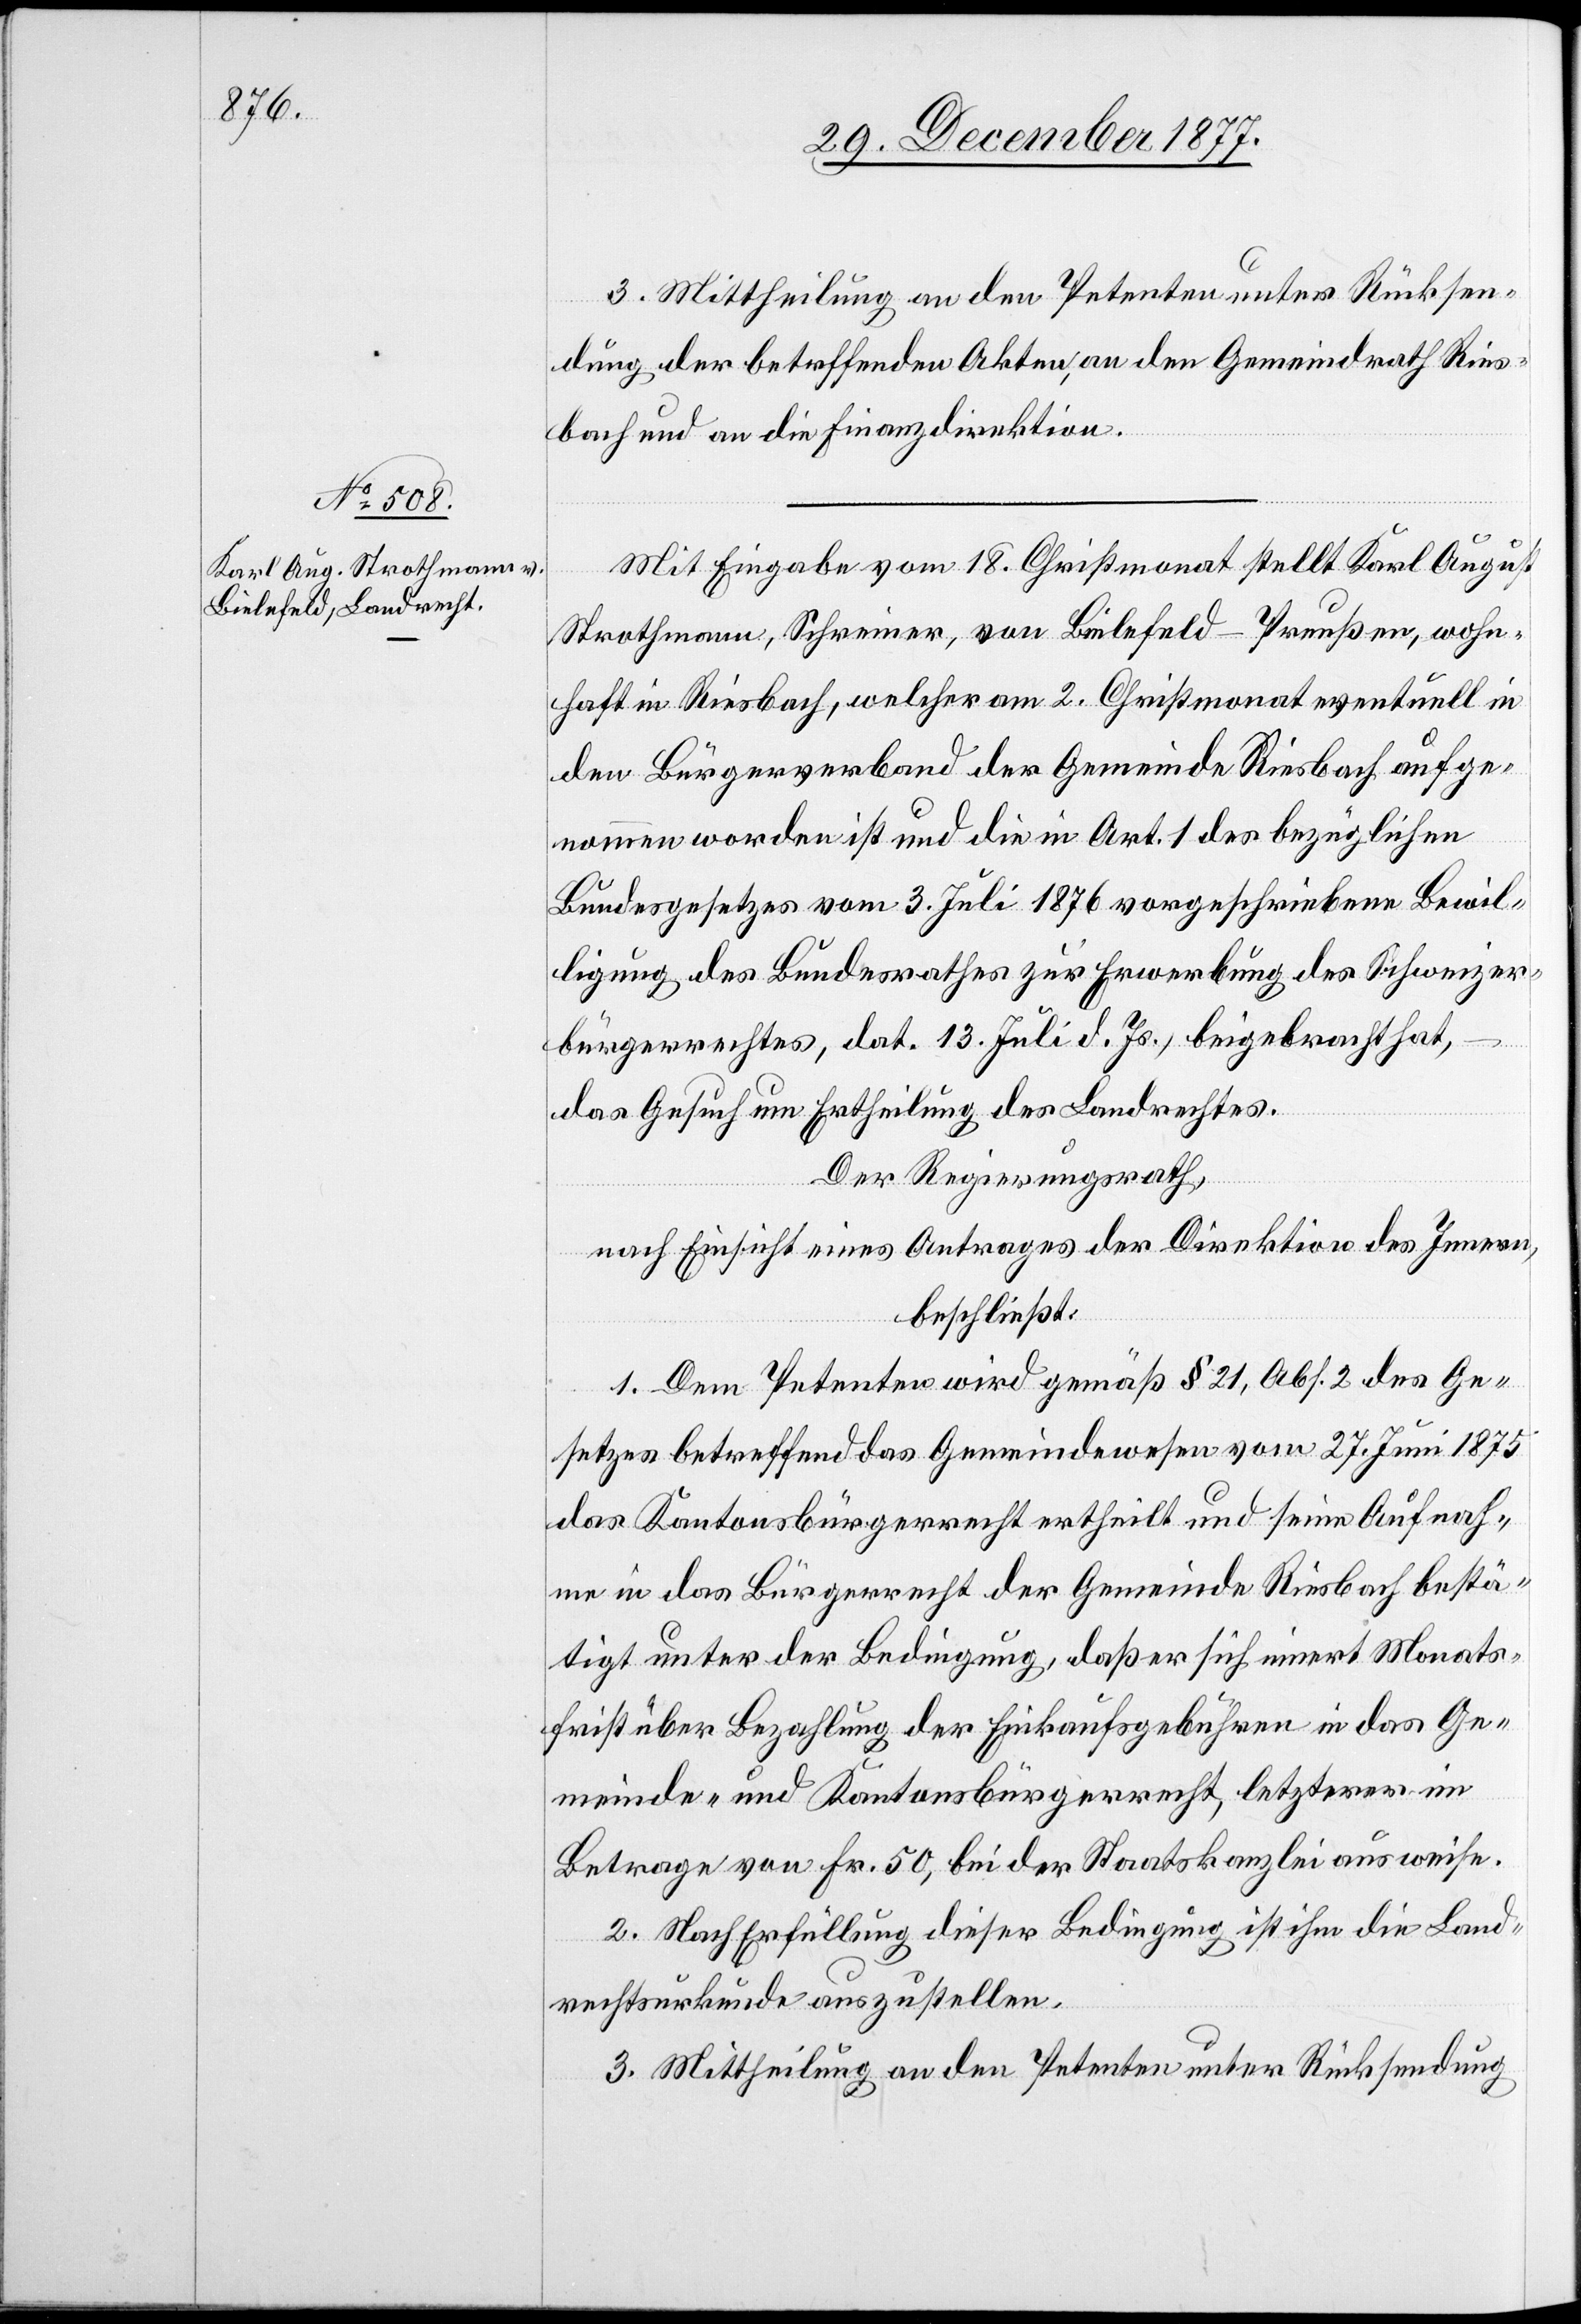
3. Mittheilung an den Petenten unter Rücksen¬
dung der betreffenden Akten, an den Gemeindrath Ries¬
bach und die Finanzdirektion.
Mit Eingabe vom 18. Christmonat stellt Karl August
Strothmann, Schreiner, von Bielefeld - Preußen, wohn¬
haft in Riesbach, welcher am 2. Christmonat eventuell in
den Bürgerverband der Gemeinde Riesbach aufge¬
nommen worden ist und die in Art. 1 des bezüglichen
Bundesgesetzes vom 3. Juli 1876 vorgeschriebene Bewil¬
ligung des Bundesrathes zur Erwerbung des Schweizer¬
bürgerrechtes, dat. 13. Juli d. Js., beigebracht hat,
das Gesuch um Ertheilung des Landrechtes.
Der Regierungsrath,
nach Einsicht eines Antrages der Direktion des Innern,
beschließt:
1. Dem Petenten wird gemäß § 21, Abs. 2 des Ge¬
setzes betreffend das Gemeindewesen vom 27. Juni 1875
das Kantonsbürgerrecht ertheilt und seine Aufnah¬
me in das Bürgerrecht der Gemeinde Riesbach bestä¬
tigt unter der Bedingung, daß er sich innert Monats¬
frist über Bezahlung der Einkaufsgebühren in das Ge¬
meinde- und Kantonsbürgerrecht, letzterer im
Betrage von Fr. 50, bei der Staatskanzlei ausweise.
2. Nach Erfüllung dieser Bedingung ist ihm die Land¬
rechtsurkunde auszustellen.
3. Mittheilung an den Petenten unter Rücksendung